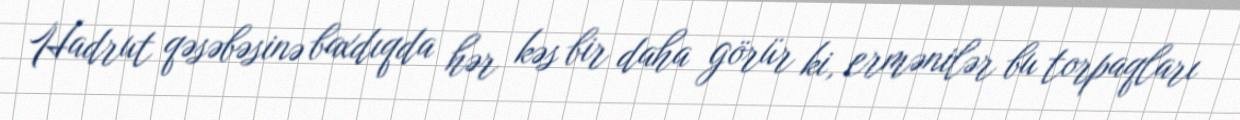
Hadrut qəsəbəsinə baxdıqda hər kəs bir daha görür ki, ermənilər bu torpaqları